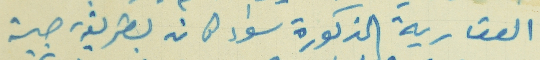
العقارية المذكورة سواء كان بطريقة حبية